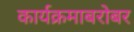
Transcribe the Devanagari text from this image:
कार्यक्रमाबरोबर